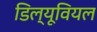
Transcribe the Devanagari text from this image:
डिल्यूवियल